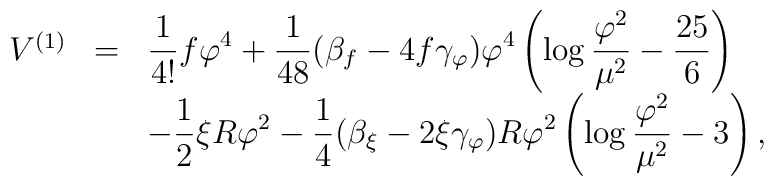
\begin{array}{lll}V^{(1)}&=&\displaystyle{1 \over 4!} f\varphi^4+{1 \over 48} (\beta_f -4f \gamma_{\varphi}) \varphi^4\left( \log {\varphi^2 \over \mu^2 } - {25 \over 6} \right) \\&&\displaystyle-{1 \over 2}\xi R \varphi^2-{1 \over 4} (\beta_{\xi} -2\xi \gamma_{\varphi}) R \varphi^2\left( \log {\varphi^2 \over \mu^2 } -3 \right),\end{array}